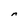
Character: n